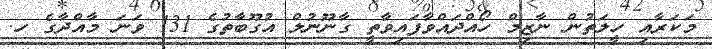
މަކަރާއި ހީލަތުން ނާޒިމް ހޯއްދައްވާފައިވާތީ ގާނޫނުލް އުގޫބާތުގެ 131 ވަނަ މާއްދާގެ ހ.